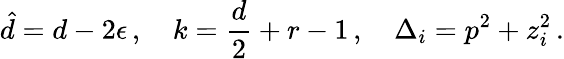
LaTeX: \hat{d}=d-2\epsilon\, ,\quad k=\frac{d}{2}+r-1\, ,\quad\Delta_{i}=p^{2}+z_{i}^{2}\, .